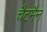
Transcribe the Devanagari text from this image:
चैटमैन